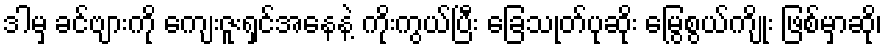
ဒါမှ ခင်ဗျားကို ကျေးဇူးရှင်အနေနဲ့ ကိုးကွယ်ပြီး ခြေသုတ်ပုဆိုး မြွေစွယ်ကျိုး ဖြစ်မှာဆို၊